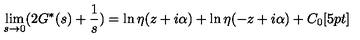
\lim _ { s \rightarrow 0 } ( 2 G ^ { * } ( s ) + \frac { 1 } { s } ) = \ln \eta ( z + i \alpha ) + \ln \eta ( - z + i \alpha ) + C _ { 0 } [ 5 p t ]